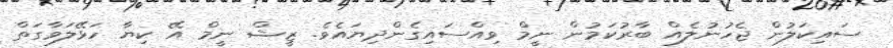
ސައިކަލުން ޖެހުނުލެއް ބާރުކަމުން ނީމް ވިއްސައިގެންދިޔައެވެ. ޒީޝް ނީމް އޭ ކިޔާ ހަޅޭލަވާގަތް